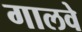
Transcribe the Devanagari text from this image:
गालवे